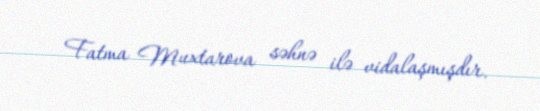
Fatma Muxtarova səhnə ilə vidalaşmışdır.